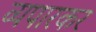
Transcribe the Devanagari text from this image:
व्यपारकर